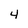
Character: 4